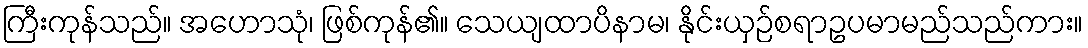
ကြီးကုန်သည်။ အဟောသုံ၊ ဖြစ်ကုန်၏။ သေယျထာပိနာမ၊ နိုင်းယှဉ်စရာဥပမာမည်သည်ကား။